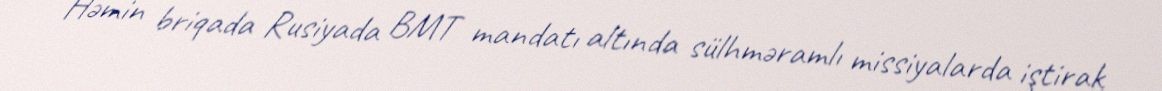
Həmin briqada Rusiyada BMT mandatı altında sülhməramlı missiyalarda iştirak